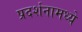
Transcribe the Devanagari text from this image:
प्रदर्शनामध्ये